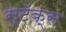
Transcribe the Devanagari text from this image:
स्टॅक्स